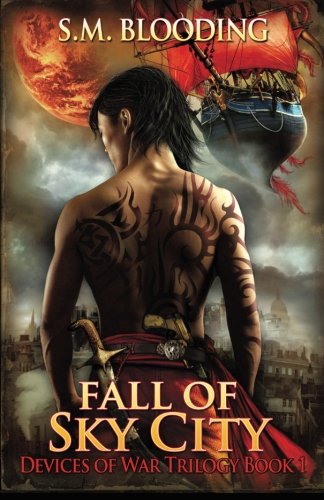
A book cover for Fall of Sky City (Devices of War) (Volume 1); SM Blooding; Science Fiction & Fantasy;